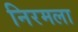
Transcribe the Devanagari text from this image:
निरमला